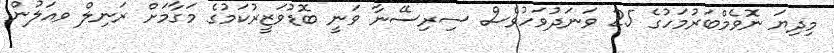
މިދިޔަ ނޮވެމްބަރުމަހުގެ 25 ވަނަދުވަހުވެސް ސިރިސޭނާ ވަނީ ބޮޑުވަޒީރުކަމުގެ މަގާމަށް ރަނިލް ވއަލުން